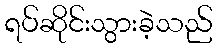
ရပ်ဆိုင်းသွားခဲ့သည်